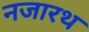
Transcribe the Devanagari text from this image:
नजारथ